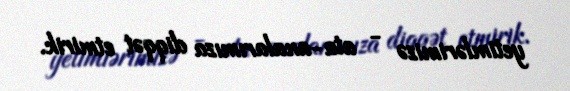
yetimlərimizə - ata-analarımıza diqqət etmirik.